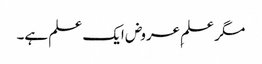
مگر علمِ عروض ایک علم ہے۔